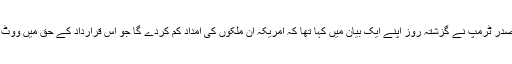
امریکی صدر ٹرمپ نے گزشتہ روز اپنے ایک بیان میں کہا تھا کہ امریکہ ان ملکوں کی امداد کم کردے گا جو اس قرارداد کے حق میں ووٹ دیں گے۔